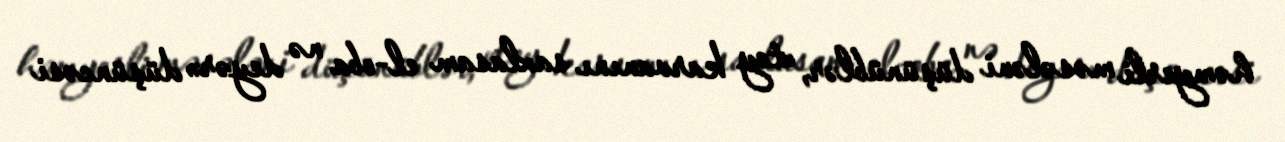
həmyerli məsələni düşünüblər, «toy karvanını saxlasam el-oba nə deyər» düşüncəsi